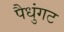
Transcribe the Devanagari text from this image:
पैधुंगट